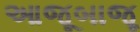
આજૂબાજૂ